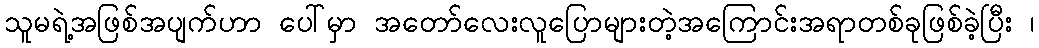
သူမရဲ့အဖြစ်အပျက်ဟာ ပေါ်မှာ အတော်လေးလူပြောများတဲ့အကြောင်းအရာတစ်ခုဖြစ်ခဲ့ပြီး ၊